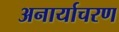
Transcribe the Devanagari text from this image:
अनार्याचरण